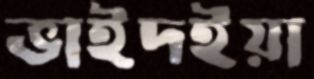
ভাইদইয়া